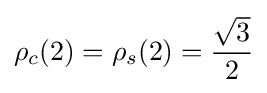
\rho _{c}(2)=\rho _{s}(2)={\frac {\sqrt {3}}{2}}